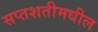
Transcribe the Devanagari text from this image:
सप्तशतीमधील